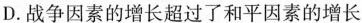
D.战争因素的增长超过了和平因素的增长